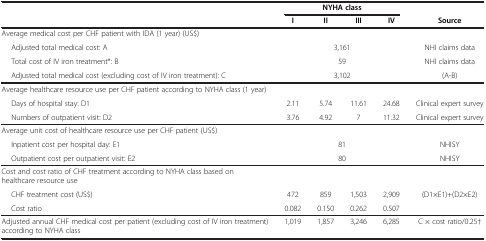
<table><thead><tr><td><b> </b></td><td colspan="4"><b>NYHA class</b></td><td><b> </b></td></tr><tr><td><b> </b></td><td><b>I</b></td><td><b>II</b></td><td><b>III</b></td><td><b>IV</b></td><td><b>Source</b></td></tr></thead><tbody><tr><td colspan="6">Average medical cost per CHF patient with IDA (1 year) (US$)</td></tr><tr><td>Adjusted total medical cost: A</td><td colspan="4">3,161</td><td>NHI claims data</td></tr><tr><td>Total cost of IV iron treatment*: B</td><td colspan="4">59</td><td>NHI claims data</td></tr><tr><td>Adjusted total medical cost (excluding cost of IV iron treatment): C</td><td colspan="4">3,102</td><td>(A-B)</td></tr><tr><td colspan="6">Average healthcare resource use per CHF patient according to NYHA class (1 year)</td></tr><tr><td>Days of hospital stay: D1</td><td>2.11</td><td>5.74</td><td>11.61</td><td>24.68</td><td>Clinical expert survey</td></tr><tr><td>Numbers of outpatient visit: D2</td><td>3.76</td><td>4.92</td><td>7</td><td>11.32</td><td>Clinical expert survey</td></tr><tr><td colspan="6">Average unit cost of healthcare resource use per CHF patient (US$)</td></tr><tr><td>Inpatient cost per hospital day: E1</td><td colspan="4">81</td><td>NHISY</td></tr><tr><td>Outpatient cost per outpatient visit: E2</td><td colspan="4">80</td><td>NHISY</td></tr><tr><td colspan="6">Cost and cost ratio of CHF treatment according to NYHA class based on healthcare resource use</td></tr><tr><td>CHF treatment cost (US$)</td><td>472</td><td>859</td><td>1,503</td><td>2,909</td><td>(D1×E1)+(D2×E2)</td></tr><tr><td>Cost ratio</td><td>0.082</td><td>0.150</td><td>0.262</td><td>0.507</td><td> </td></tr><tr><td>Adjusted annual CHF medical cost per patient (excluding cost of IV iron treatment) according to NYHA class</td><td>1,019</td><td>1,857</td><td>3,246</td><td>6,285</td><td>C × cost ratio/0.25†</td></tr></tbody></table>